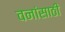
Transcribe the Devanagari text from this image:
वनांसाठी